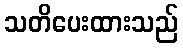
သတိပေးထားသည်